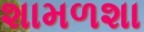
શામળશા